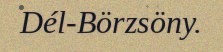
Dél-Börzsöny.